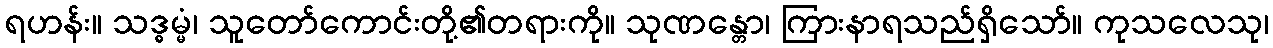
ရဟန်း။ သဒ္ဓမ္မံ၊ သူတော်ကောင်းတို့၏တရားကို။ သုဏန္တော၊ ကြားနာရသည်ရှိသော်။ ကုသလေသု၊